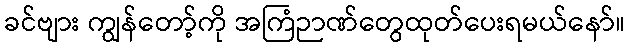
ခင်ဗျား ကျွန်တော့်ကို အကြံဉာဏ်တွေထုတ်ပေးရမယ်နော်။